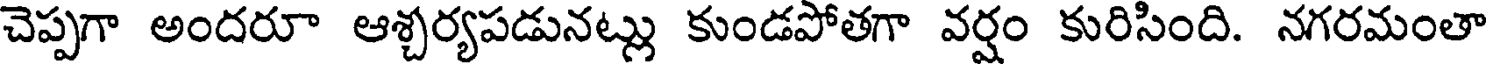
చెప్పగా అందరూ ఆశ్చర్యపడునట్లు కుండపోతగా వర్షం కురిసింది. నగరమంతా